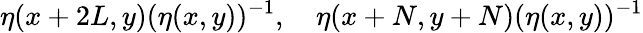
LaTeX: \eta(x+2L,y)(\eta(x,y))^{-1},\quad\eta(x+N,y+N)(\eta(x,y))^{-1}